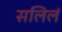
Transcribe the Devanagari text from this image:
सलिलं